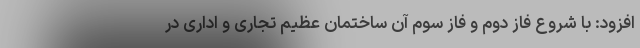
افزود: با شروع فاز دوم و فاز سوم آن ساختمان عظیم تجاری و اداری در